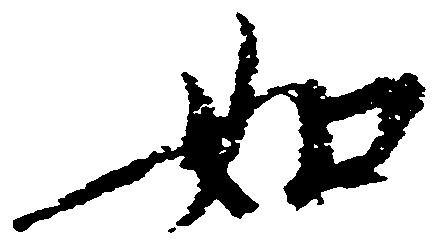
如